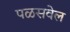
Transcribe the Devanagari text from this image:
पळसवेल